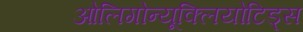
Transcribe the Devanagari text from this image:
ओलिगोन्यूक्लियोटिड्स